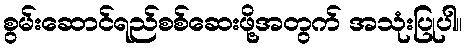
စွမ်းဆောင်ရည်စစ်ဆေးဖို့အတွက် အသုံးပြုပါ။